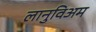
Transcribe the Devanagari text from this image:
लानुविअम